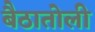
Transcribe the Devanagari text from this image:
बैठातोली